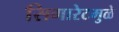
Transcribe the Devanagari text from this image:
सिगारेटमुळे